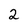
Character: 2